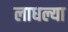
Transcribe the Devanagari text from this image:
लाधल्या